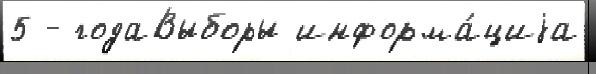
5 - годаВыборы информа́циjа